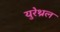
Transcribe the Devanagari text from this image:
युरेथ्रल